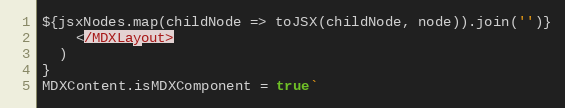
Language: JavaScript
${jsxNodes.map(childNode => toJSX(childNode, node)).join('')}
    </MDXLayout>
  )
}
MDXContent.isMDXComponent = true`